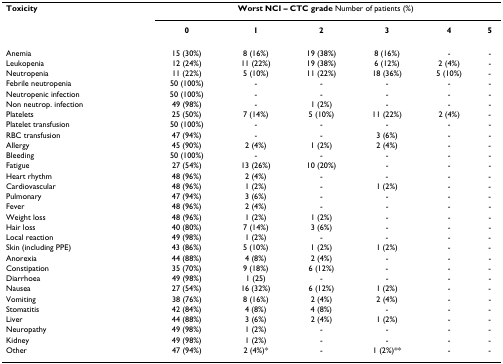
<table><thead><tr><td><b>Toxicity</b></td><td colspan="6"><b>Worst NCI – CTC grade Number of patients (%)</b></td></tr><tr><td></td><td><b>0</b></td><td><b>1</b></td><td><b>2</b></td><td><b>3</b></td><td><b>4</b></td><td><b>5</b></td></tr></thead><tbody><tr><td>Anemia</td><td>15 (30%)</td><td>8 (16%)</td><td>19 (38%)</td><td>8 (16%)</td><td>-</td><td>-</td></tr><tr><td>Leukopenia</td><td>12 (24%)</td><td>11 (22%)</td><td>19 (38%)</td><td>6 (12%)</td><td>2 (4%)</td><td>-</td></tr><tr><td>Neutropenia</td><td>11 (22%)</td><td>5 (10%)</td><td>11 (22%)</td><td>18 (36%)</td><td>5 (10%)</td><td>-</td></tr><tr><td>Febrile neutropenia</td><td>50 (100%)</td><td>-</td><td>-</td><td>-</td><td>-</td><td>-</td></tr><tr><td>Neutropenic infection</td><td>50 (100%)</td><td>-</td><td>-</td><td>-</td><td>-</td><td>-</td></tr><tr><td>Non neutrop. infection</td><td>49 (98%)</td><td>-</td><td>1 (2%)</td><td>-</td><td>-</td><td>-</td></tr><tr><td>Platelets</td><td>25 (50%)</td><td>7 (14%)</td><td>5 (10%)</td><td>11 (22%)</td><td>2 (4%)</td><td>-</td></tr><tr><td>Platelet transfusion</td><td>50 (100%)</td><td>-</td><td>-</td><td>-</td><td>-</td><td>-</td></tr><tr><td>RBC transfusion</td><td>47 (94%)</td><td>-</td><td>-</td><td>3 (6%)</td><td>-</td><td>-</td></tr><tr><td>Allergy</td><td>45 (90%)</td><td>2 (4%)</td><td>1 (2%)</td><td>2 (4%)</td><td>-</td><td>-</td></tr><tr><td>Bleeding</td><td>50 (100%)</td><td>-</td><td>-</td><td>-</td><td>-</td><td>-</td></tr><tr><td>Fatigue</td><td>27 (54%)</td><td>13 (26%)</td><td>10 (20%)</td><td>-</td><td>-</td><td>-</td></tr><tr><td>Heart rhythm</td><td>48 (96%)</td><td>2 (4%)</td><td>-</td><td>-</td><td>-</td><td>-</td></tr><tr><td>Cardiovascular</td><td>48 (96%)</td><td>1 (2%)</td><td>-</td><td>1 (2%)</td><td>-</td><td>-</td></tr><tr><td>Pulmonary</td><td>47 (94%)</td><td>3 (6%)</td><td>-</td><td>-</td><td>-</td><td>-</td></tr><tr><td>Fever</td><td>48 (96%)</td><td>2 (4%)</td><td>-</td><td>-</td><td>-</td><td>-</td></tr><tr><td>Weight loss</td><td>48 (96%)</td><td>1 (2%)</td><td>1 (2%)</td><td>-</td><td>-</td><td>-</td></tr><tr><td>Hair loss</td><td>40 (80%)</td><td>7 (14%)</td><td>3 (6%)</td><td>-</td><td>-</td><td>-</td></tr><tr><td>Local reaction</td><td>49 (98%)</td><td>1 (2%)</td><td>-</td><td>-</td><td>-</td><td>-</td></tr><tr><td>Skin (including PPE)</td><td>43 (86%)</td><td>5 (10%)</td><td>1 (2%)</td><td>1 (2%)</td><td>-</td><td>-</td></tr><tr><td>Anorexia</td><td>44 (88%)</td><td>4 (8%)</td><td>2 (4%)</td><td>-</td><td>-</td><td>-</td></tr><tr><td>Constipation</td><td>35 (70%)</td><td>9 (18%)</td><td>6 (12%)</td><td>-</td><td>-</td><td>-</td></tr><tr><td>Diarrhoea</td><td>49 (98%)</td><td>1 (25)</td><td>-</td><td>-</td><td>-</td><td>-</td></tr><tr><td>Nausea</td><td>27 (54%)</td><td>16 (32%)</td><td>6 (12%)</td><td>1 (2%)</td><td>-</td><td>-</td></tr><tr><td>Vomiting</td><td>38 (76%)</td><td>8 (16%)</td><td>2 (4%)</td><td>2 (4%)</td><td>-</td><td>-</td></tr><tr><td>Stomatitis</td><td>42 (84%)</td><td>4 (8%)</td><td>4 (8%)</td><td>-</td><td>-</td><td>-</td></tr><tr><td>Liver</td><td>44 (88%)</td><td>3 (6%)</td><td>2 (4%)</td><td>1 (2%)</td><td>-</td><td>-</td></tr><tr><td>Neuropathy</td><td>49 (98%)</td><td>1 (2%)</td><td>-</td><td>-</td><td>-</td><td>-</td></tr><tr><td>Kidney</td><td>49 (98%)</td><td>1 (2%)</td><td>-</td><td>-</td><td>-</td><td>-</td></tr><tr><td>Other</td><td>47 (94%)</td><td>2 (4%)*</td><td>-</td><td>1 (2%)**</td><td>-</td><td>-</td></tr></tbody></table>